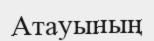
Атауының